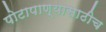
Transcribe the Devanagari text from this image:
पोटापाण्यासाठीच